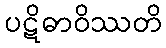
ပဋိဓာဝိဿတိ